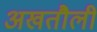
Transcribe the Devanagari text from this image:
अखतौली